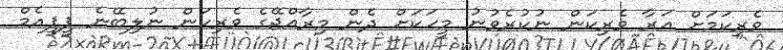
ވެރިކަމަށް އަރާ ވެރިކަން ނުކުރެވުނު މީހަކަށް ދެން މިރާއްޖޭގެ ވެރިކަން ނުލިބޭނެ ޕީޕީއެމް